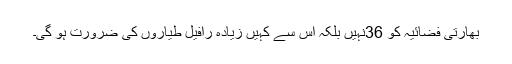
بھارتی فضائیہ کو 36نہیں بلکہ اس سے کہیں زیادہ رافیل طیاروں کی ضرورت ہو گی۔